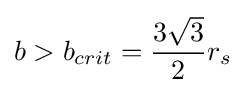
b>b_{crit}={\frac {3{\sqrt {3}}}{2}}r_{s}